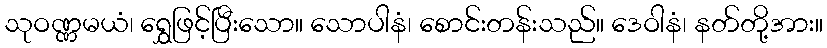
သုဝဏ္ဏမယံ၊ ရွှေဖြင့်ပြီးသော။ သောပါနံ၊ စောင်းတန်းသည်။ ဒေဝါနံ၊ နတ်တို့အား။